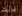
ذلك